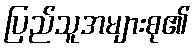
ပြည်သူအများစု၏